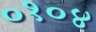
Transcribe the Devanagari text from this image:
०१०४